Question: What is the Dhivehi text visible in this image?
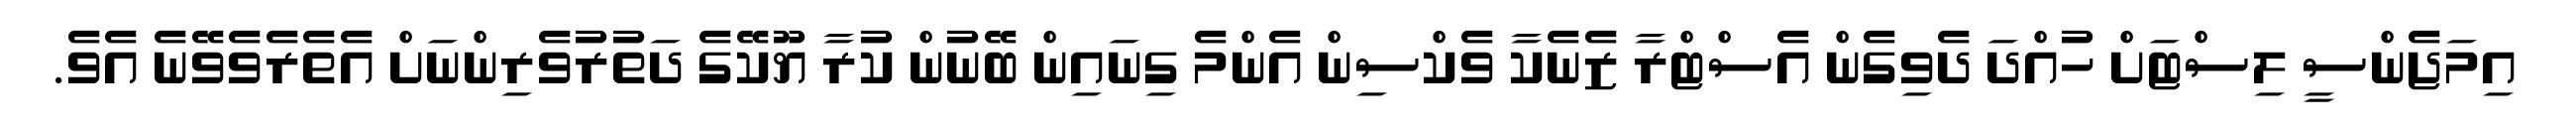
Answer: އިމަޖެންސީ ލިސްޓަށް ހުއްދަ ދެވިގެން އެސްޓްރާ ޒެނެކާ ވެކްސިން އެންމެ ގިނައިން ބޭނުން ކުރާ ޔޫކޭގެ ދަތުރުވެރިންނަށް އެތެރެވެވޭނެ އެވެ.